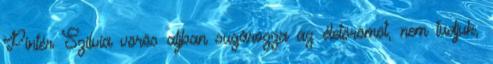
Pintér Szilvia vörös aljban sugározza az életörömöt, nem tudjuk,